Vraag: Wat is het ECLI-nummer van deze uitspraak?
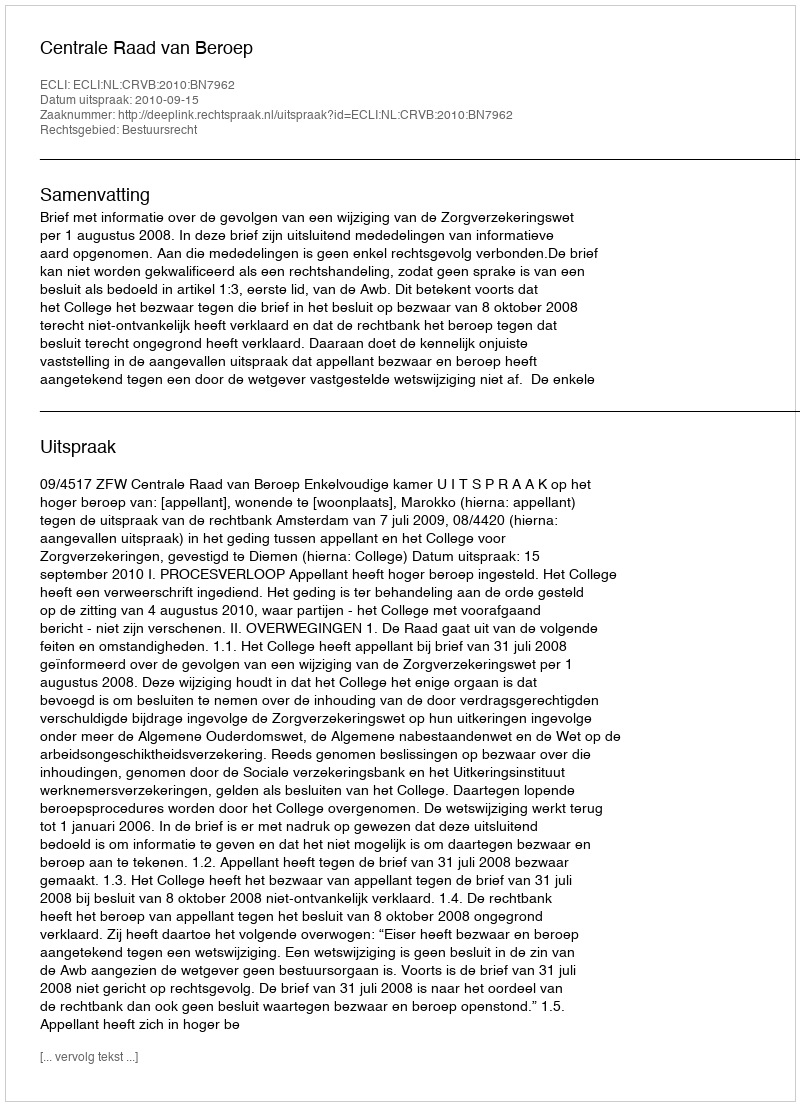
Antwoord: ECLI:NL:CRVB:2010:BN7962